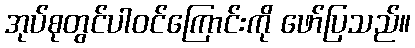
အုပ်စုတွင်ပါဝင်ကြောင်းကို ဖော်ပြသည်။